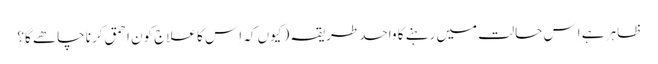
ظاہر ہے اِس حالت میں رہنے کا واحد طریقہ ( کیوں کہ اِس کا علاج کون احمق کرنا چاھے گا؟